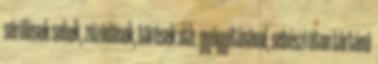
sérülések sebek, zúzódások, törések stb. gyógyításával, sebészi úton történő